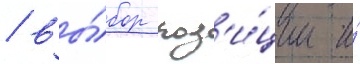
/ вы́бор поз'и́ции и́